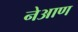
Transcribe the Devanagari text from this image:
नेआण